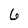
Character: 6